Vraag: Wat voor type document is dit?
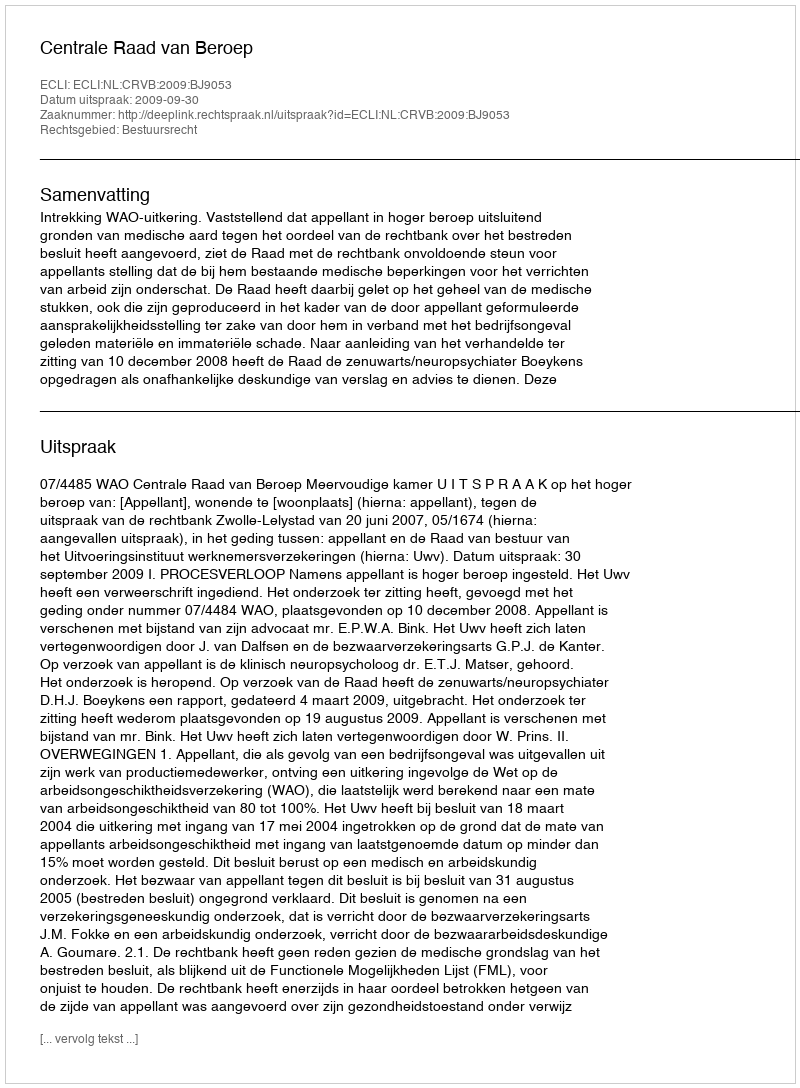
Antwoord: Uitspraak